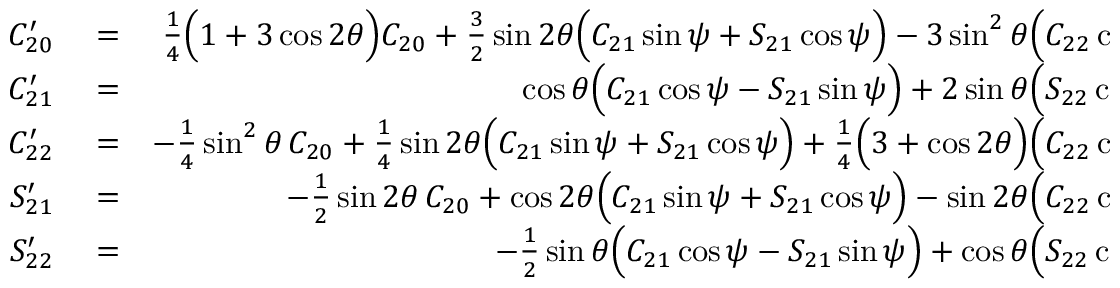
\begin{array} { r l r } { C _ { 2 0 } ^ { \prime } } & { { } = } & { { \textstyle \frac { 1 } { 4 } } \Big ( 1 + 3 \cos 2 \theta \Big ) C _ { 2 0 } + { \textstyle \frac { 3 } { 2 } } \sin 2 \theta \Big ( C _ { 2 1 } \sin \psi + S _ { 2 1 } \cos \psi \Big ) - 3 \sin ^ { 2 } \theta \Big ( C _ { 2 2 } \cos 2 \psi - S _ { 2 2 } \sin 2 \psi \Big ) , } \\ { C _ { 2 1 } ^ { \prime } } & { { } = } & { \cos \theta \Big ( C _ { 2 1 } \cos \psi - S _ { 2 1 } \sin \psi \Big ) + 2 \sin \theta \Big ( S _ { 2 2 } \cos 2 \psi + C _ { 2 2 } \sin 2 \psi \Big ) , } \\ { C _ { 2 2 } ^ { \prime } } & { { } = } & { - { \textstyle \frac { 1 } { 4 } } \sin ^ { 2 } \theta \, C _ { 2 0 } + { \textstyle \frac { 1 } { 4 } } \sin 2 \theta \Big ( C _ { 2 1 } \sin \psi + S _ { 2 1 } \cos \psi \Big ) + { \textstyle \frac { 1 } { 4 } } \Big ( 3 + \cos 2 \theta \Big ) \Big ( C _ { 2 2 } \cos 2 \psi - S _ { 2 2 } \sin 2 \psi \Big ) , } \\ { S _ { 2 1 } ^ { \prime } } & { { } = } & { - { \textstyle \frac { 1 } { 2 } } \sin 2 \theta \, C _ { 2 0 } + \cos 2 \theta \Big ( C _ { 2 1 } \sin \psi + S _ { 2 1 } \cos \psi \Big ) - \sin 2 \theta \Big ( C _ { 2 2 } \cos 2 \psi - S _ { 2 2 } \sin 2 \psi \Big ) , } \\ { S _ { 2 2 } ^ { \prime } } & { { } = } & { - { \textstyle \frac { 1 } { 2 } } \sin \theta \Big ( C _ { 2 1 } \cos \psi - S _ { 2 1 } \sin \psi \Big ) + \cos \theta \Big ( S _ { 2 2 } \cos 2 \psi + C _ { 2 2 } \sin 2 \psi \Big ) . } \end{array}